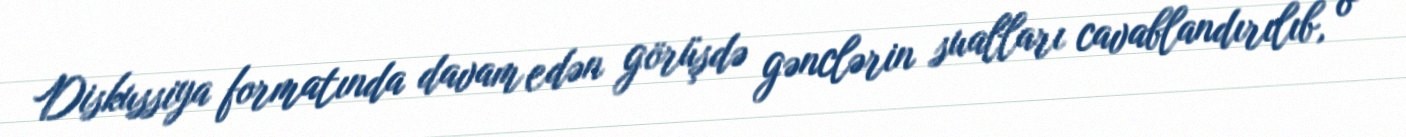
Diskussiya formatında davam edən görüşdə gənclərin sualları cavablandırılıb, o